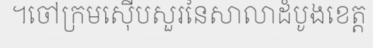
។ចៅក្រមស៊ើបសួរនៃសាលាដំបូងខេត្ត